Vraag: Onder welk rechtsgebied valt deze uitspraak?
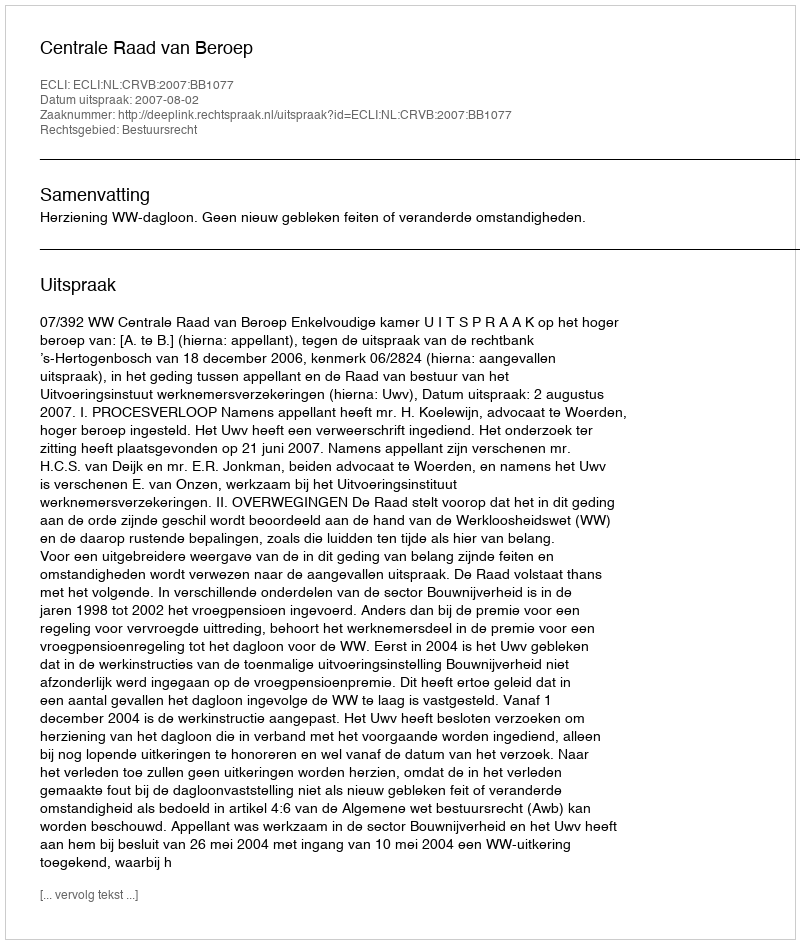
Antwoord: Bestuursrecht